Annual report on the Civil Veterinary Department, Burma (including the Insein Veterinary School) - 1923-1931
Year: 1923
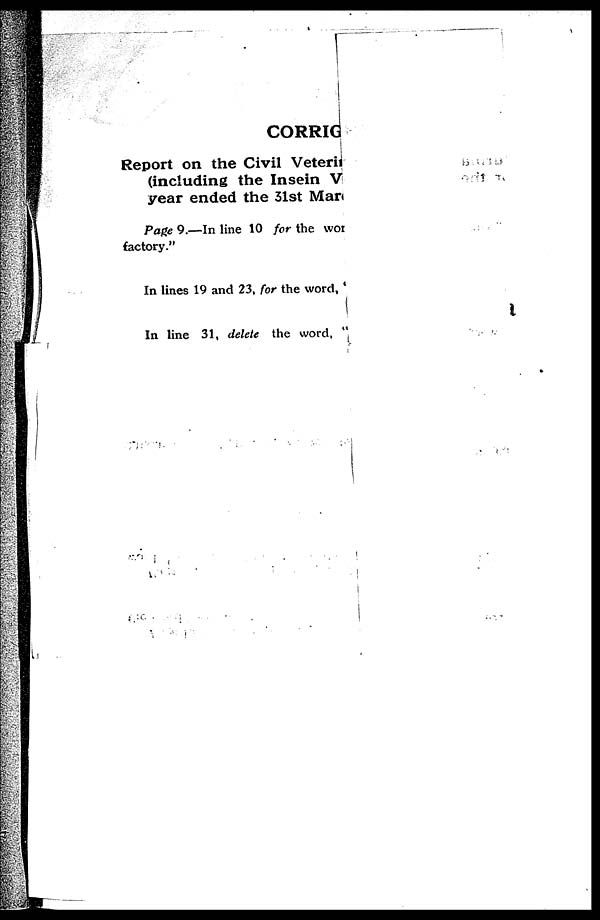
CORRIG
Report on the Civil Veteri
(including the Insein V
year ended the 31st Mar
Page 9.—In line 10 for the wor
factory."
In lines 19 and 23, for the word,
In line 31, delete the word,